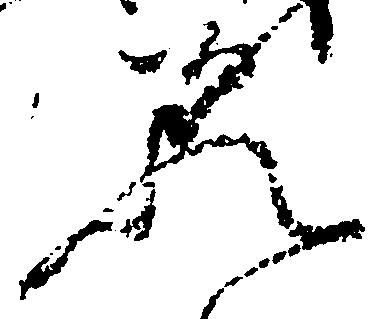
歟